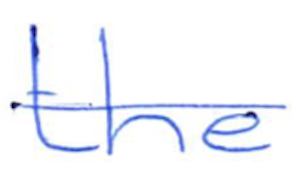
Text: the
Cross-out: single-line
Writing tool: ballpoint